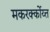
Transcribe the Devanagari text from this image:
मकरर्क्कोय्त्त